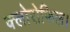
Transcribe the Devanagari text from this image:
क्लोरोफिल।